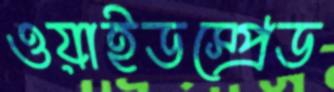
ওয়াইডস্প্রেড